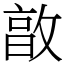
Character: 㪟